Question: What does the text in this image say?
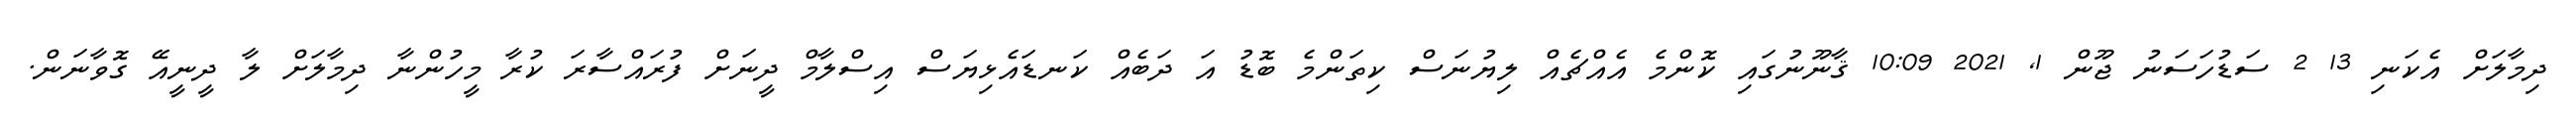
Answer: ދިމާލަށް އެކަނި 13 2 ސަޑުހަސަނު ޖޫން 1, 2021 10:09 ޤާނޫނުގައި ކޮންމެ އެއްޗެއް ލިޔުނަސް ކިތަންމެ ބޮޑު އަ ދަބެއް ކަނޑައެޅިޔަސް އިސްލާމް ދީނަށް ފުރައްސާރަ ކުރާ މީހުންނާ ދިމާލަށް ލާ ދީނީއޭ ގޮވާނަން.